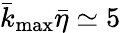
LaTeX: \bar{k}_{\operatorname*{max}}\bar{\eta}\simeq 5